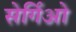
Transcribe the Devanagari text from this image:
सेर्गिओ